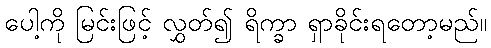
ပေါ့ကို မြင်းဖြင့် လွှတ်၍ ရိက္ခာ ရှာခိုင်းရတော့မည်။